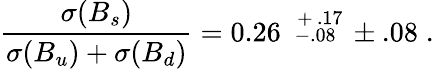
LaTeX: \frac{\sigma(B_{s})}{\sigma(B_{u})+\sigma(B_{d})}=0.26\mathrm{~\scriptsize{\stackrel{\textstyle~+.17}{-.08}}~}\pm.08\; .